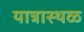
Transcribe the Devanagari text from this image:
यात्रास्थळ